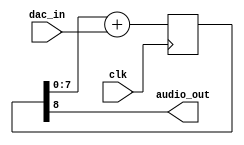
module sound_dac8 (
    input        clk,
    input  [7:0] dac_in,
    output       audio_out
  );

  reg [8:0] dac_register;

  assign audio_out = dac_register[8];

  always @(posedge clk) dac_register <= dac_register[7:0] + dac_in;

endmodule